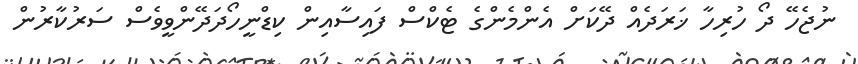
ނުޖެހޭ ދޯ ހުރިހާ ޚަރަދެއް ދޭކަށް އެންމެންގެ ޓެކްސް ފައިސާއިން ކިޑްނީހޯދަދޭންވީވެސް ސަރުކާރުން